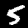
Label: 5